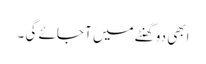
ابھی دو گھنٹے میں آ جائے گی ۔